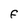
Character: F